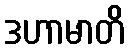
ဒဟာမာတိ